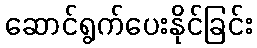
ဆောင်ရွက်ပေးနိုင်ခြင်း